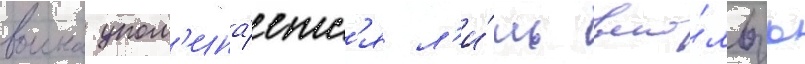
воина упом'ина́етс'я л'и́шь вско́льзь